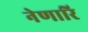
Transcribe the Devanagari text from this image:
नेणारि